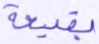
بقيعة